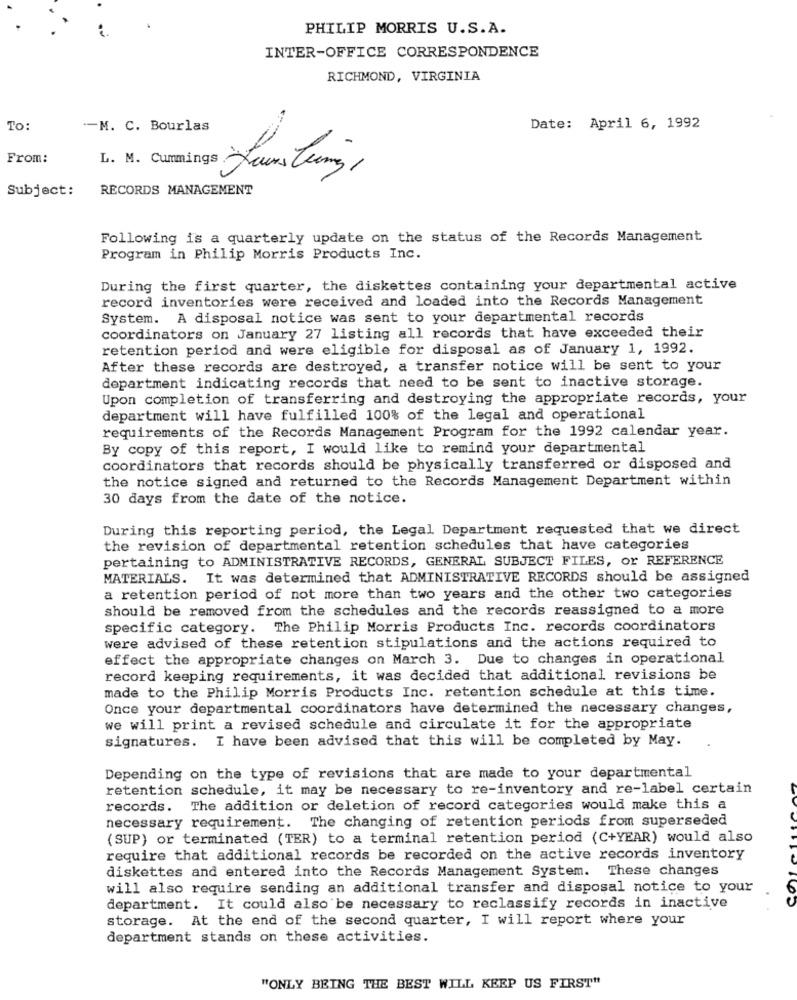
PHILIP MORRIS U.S.A.
INTER-OFFICE CORRESPONDENCE
RICHMOND, VIRGINIA
To:
-- M. C. Bourlas
Date: April 6, 1992
From:
Subject:
RECORDS MANAGEMENT
Following is a quarterly update on the status of the Records Management
Program in Philip Morris Products Inc.
During the first quarter, the diskettes containing your departmental active
record inventories were received and loaded into the Records Management
System. A disposal notice was sent to your departmental records
coordinators on January 27 listing all records that have exceeded their
retention period and were eligible for disposal as of January 1, 1992.
After these records are destroyed, a transfer notice will be sent to your
department indicating records that need to be sent to inactive storage.
Upon completion of transferring and destroying the appropriate records, your
department will have fulfilled 100% of the legal and operational
requirements of the Records Management Program for the 1992 calendar year.
By copy of this report, I would like to remind your departmental
coordinators that records should be physically transferred or disposed and
the notice signed and returned to the Records Management Department within
30 days from the date of the notice.
During this reporting period, the Legal Department requested that we direct
the revision of departmental retention schedules that have categories
pertaining to ADMINISTRATIVE RECORDS, GENERAL SUBJECT FILES, or REFERENCE
MATERIALS. It was determined that ADMINISTRATIVE RECORDS should be assigned
a retention period of not more than two years and the other two categories
should be removed from the schedules and the records reassigned to a more
specific category. The Philip Morris Products Inc. records coordinators
were advised of these retention stipulations and the actions required to
effect the appropriate changes on March 3. Due to changes in operational
record keeping requirements, it was decided that additional revisions be
made to the Philip Morris Products Inc. retention schedule at this time.
Once your departmental coordinators have determined the necessary changes,
we will print a revised schedule and circulate it for the appropriate
signatures. I have been advised that this will be completed by May.
Depending on the type of revisions that are made to your departmental
retention schedule, it may be necessary to re-inventory and re-label certain
records. The addition or deletion of record categories would make this a
necessary requirement. The changing of retention periods from superseded
(SUP) or terminated (TER) to a terminal retention period (C+YEAR) would also
require that additional records be recorded on the active records inventory
diskettes and entered into the Records Management System. These changes
will also require sending an additional transfer and disposal notice to your
department. It could also be necessary to reclassify records in inactive
storage. At the end of the second quarter, I will report where your
department stands on these activities.
"ONLY BEING THE BEST WILL KEEP US FIRST"